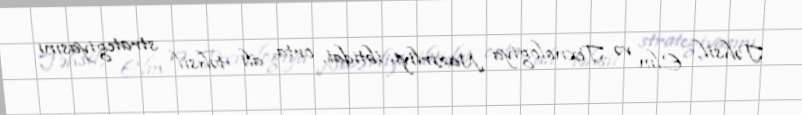
Təhsil, Elm və Texnologiya Nazirliyi ibtidai, orta, ali təhsil strategiyasını